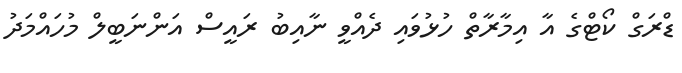
ޑްރަގް ކޯޓްގެ އާ އިމާރާތް ހުޅުވައި ދެއްވީ ނާއިބު ރައީސް އަންނަބީލް މުހައްމަދު